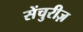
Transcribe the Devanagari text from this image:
सेंचुरीज़